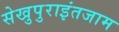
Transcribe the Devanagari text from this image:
सेखुपुराइंतजाम